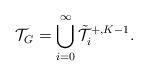
LaTeX: \begin{align*} \mathcal{T}_G = \bigcup_{i=0}^\infty \tilde{\mathcal{T}}^{+, K-1}_i.\end{align*}